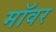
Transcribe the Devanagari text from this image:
मॉवर